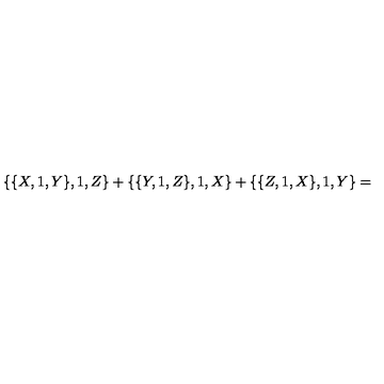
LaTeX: \{ \{ X , 1 , Y \} , 1 , Z \} + \{ \{ Y , 1 , Z \} , 1 , X \} + \{ \{ Z , 1 , X \} , 1 , Y \} =